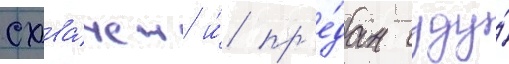
схва́чен и́ пр'е́дан суду́